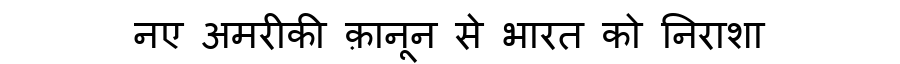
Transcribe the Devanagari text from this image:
नए अमरीकी क़ानून से भारत को निराशा